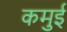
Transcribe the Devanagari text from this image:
कमुई